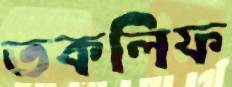
তকলিফ